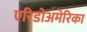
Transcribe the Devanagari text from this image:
एरिडोअमेरिका